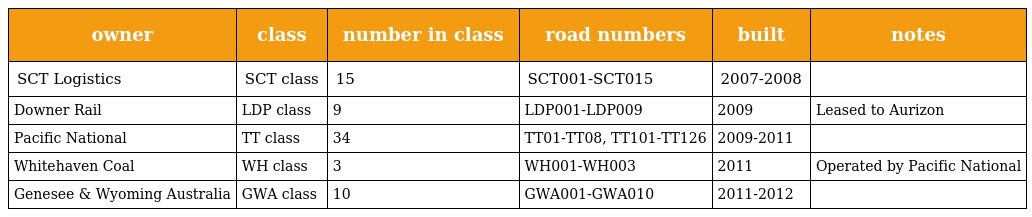
| owner | class | number in class | road numbers | built | notes |
 | --- | --- | --- | --- | --- | --- |
 | SCT Logistics | SCT class | 15 | SCT001-SCT015 | 2007-2008 |  |
 | Downer Rail | LDP class | 9 | LDP001-LDP009 | 2009 | Leased to Aurizon |
 | Pacific National | TT class | 34 | TT01-TT08, TT101-TT126 | 2009-2011 |  |
 | Whitehaven Coal | WH class | 3 | WH001-WH003 | 2011 | Operated by Pacific National |
 | Genesee & Wyoming Australia | GWA class | 10 | GWA001-GWA010 | 2011-2012 |  |